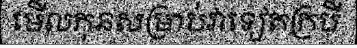
មើលកុនសម្រាប់វាទៀតក្របី